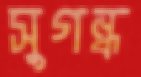
সুগন্ধ